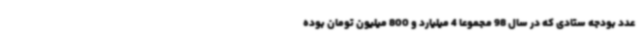
عدد بودجه ستادی که در سال 98 مجموعا 4 میلیارد و 800 میلیون تومان بوده